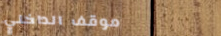
موقف الداخلي